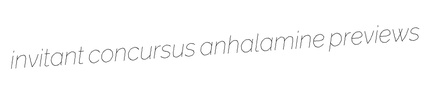
invitant concursus anhalamine previews